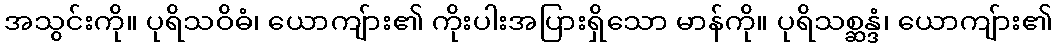
အသွင်းကို။ ပုရိသဝိဓံ၊ ယောကျ်ား၏ ကိုးပါးအပြားရှိသော မာန်ကို။ ပုရိသစ္ဆန္ဒံ၊ ယောကျ်ား၏